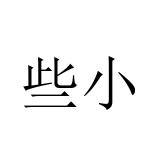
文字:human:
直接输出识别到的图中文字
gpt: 些小